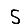
Digit: 5